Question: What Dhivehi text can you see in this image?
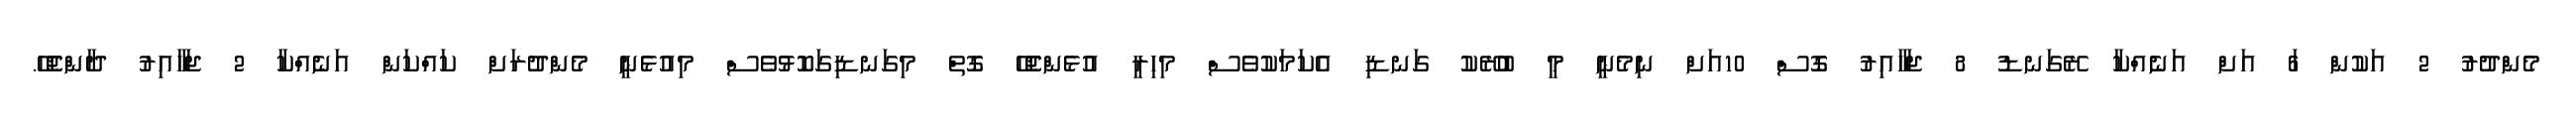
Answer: މެންދުރު 2 އަކުން 6ަ އަށް އަނެއްކާ ރޭގަނޑު 8 ޖަހާއިރު ގޮސް 10އަށް ނިމެނީ މީ ބުރޭކު ގަނޑި އެކަމަކުވެސް މިހިރީ އުޅެންޖެހޭ ގޮތް މިގަނޑިގަކޮޅުވެސް މިއުޅެނީ މެންދުރަށް ކައްކަން އަނެއްކާ 2 ޖަހާއިރު ދާންޖެހޭ.